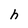
Character: h